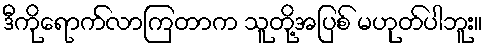
ဒီကိုရောက်လာကြတာက သူတို့အပြစ် မဟုတ်ပါဘူး။